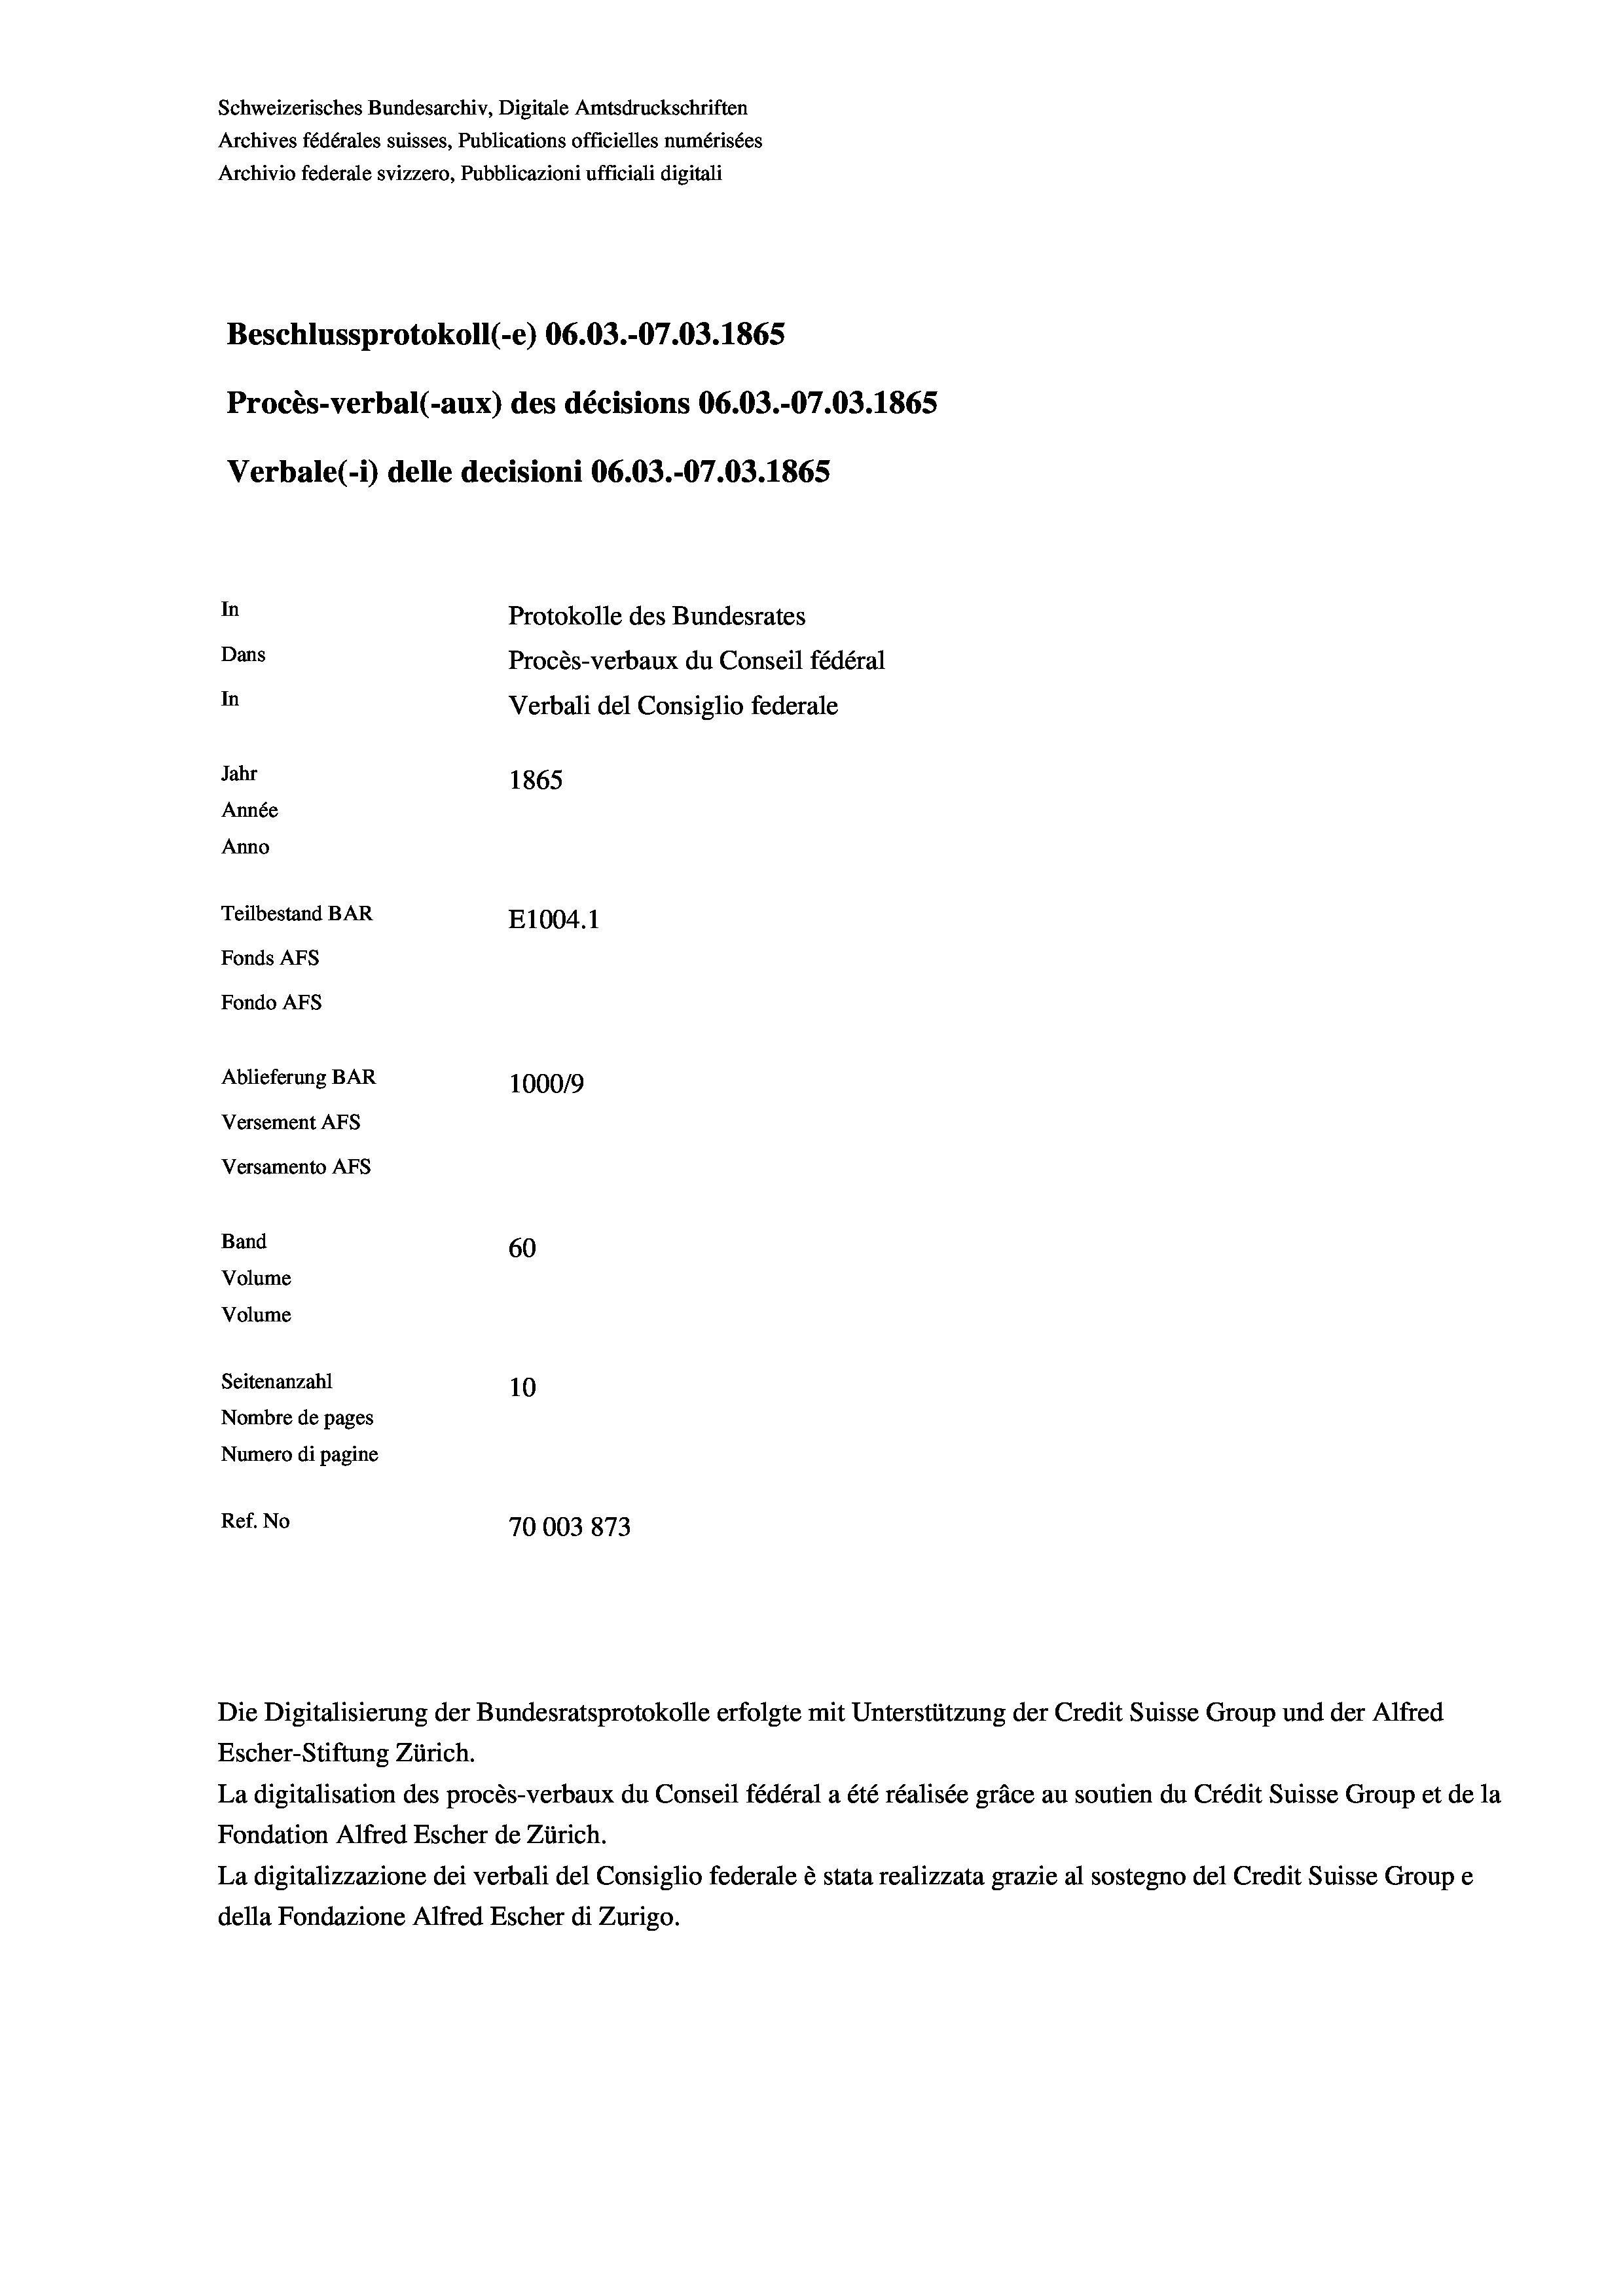
Schweizerisches Bundesarchiv, Digitale Amtsdruckschriften
Archives fédérales suisses, Publications officielles numérisées
Archivio federale svizzero, Pubblicazioni ufficiali digitali
Beschlussprotokoll (-e) 06.03.-07.03. 1865
Procès-verbal (-aux) des décisions 06.03.-07.03. 1865
Verbale(*) delle decisioni 06.03.-07.03. 1865
In
Protokolle des Bundesrates
Dans
Procès-verbaux du Conseil fédéral
In
Verbali del Consiglio federale
Jahr
1865
Année
Anno
Teilbestand BAR
E1004.1
Fonds AFs
Fondo Afs
Ablieferung BAR
100019
Versement AFs
Versamento AFs
Band
60
Volume
Volume
Seitenanzahl
10
Nombre de pages
Numero di pagine
Ref. No
70003873

Escher-Stiftung Zürich.
La digitalisation des procès-verbaux du Conseil fédéral a été réalisée gräce au soutien du Crédit Suisse Group et de la
Fondation Alfred Escher de Zürich.
La digitalizzazione dei verbali del Consiglio federale è stata realizzata grazie al sostegno del Credit Suisse Groupe
della Fondazione Alfred Escher di Zurigo.

Die Digitalisierung der Bundesratsprotokolle erfolgte mit Unterstützung der Credit Suisse Group und der Alfred